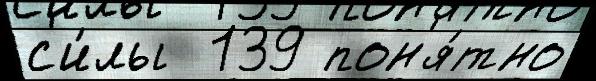
с'и́лы  139 пон'я́тно